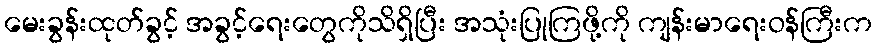
မေးခွန်းထုတ်ခွင့် အခွင့်ရေးတွေကိုသိရှိပြီး အသုံးပြုကြဖို့ကို ကျန်းမာရေးဝန်ကြီးက